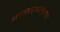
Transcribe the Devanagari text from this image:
अलंकारप्राधान्यवाद